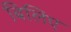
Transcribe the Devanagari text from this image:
बिलिए